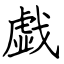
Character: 戯